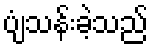
ပျံသန်းခဲ့သည်